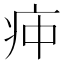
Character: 𰣣